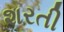
શરતી